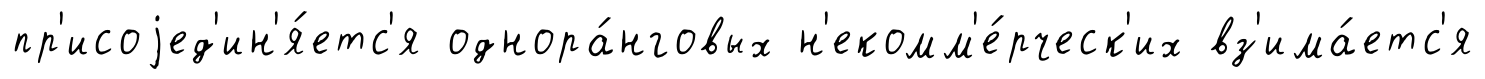
пр'исоjед'ин'я́етс'я однора́нговых н'екомм'е́рческ'их вз'има́етс'я